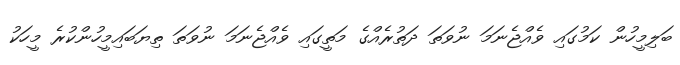
ބަލިމީހުން ކަމުގައި ވެއްޖެނަމަ ނުވަތަ ދަތުރެއްގެ މަތީގައި ވެއްޖެނަމަ ނުވަތަ ތިޔަބައިމީހުންކުރެ މީހަކު